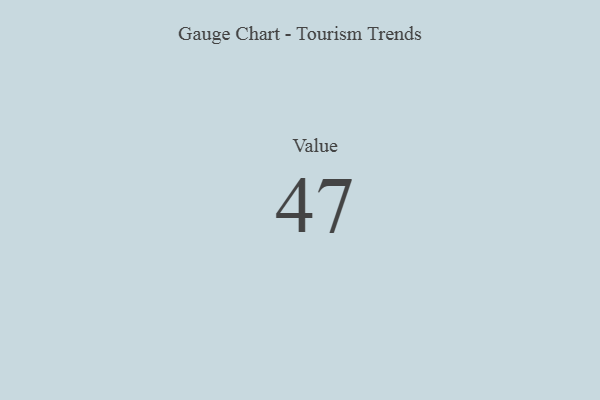
{"axis": {"x": "Metric", "y": "Value"}, "legend": [""], "data": [{"x": "Value", "y": 47, "type": ""}]}